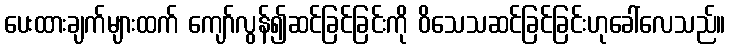
ပေးထားချက်များထက် ကျော်လွန်၍ဆင်ခြင်ခြင်းကို ဝိသေသဆင်ခြင်ခြင်းဟုခေါ်လေသည်။